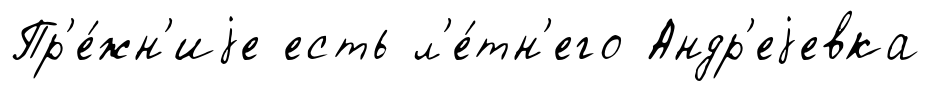
Пр'е́жн'иjе есть л'е́тн'его Андр'еjевка